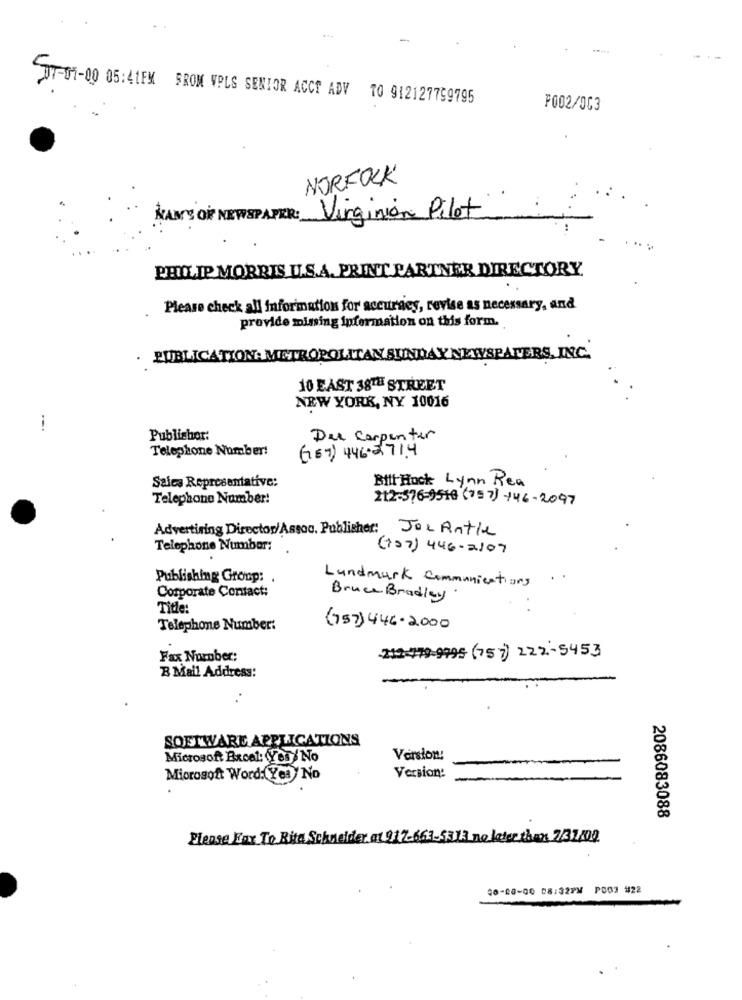
UT-01-00 05:41FM FROM VPLS SENIOR ACCT ADV TO 912127759795
P002/003
NORFOLK
MAN'S OF NEWSPAPER : Virginian Pilot
PHILIP MORRIS U.S.A. PRINT PARTNER DIRECTORY
Please check all information for accuraes, revise as necessary, and
provide missing information on this form.
PUBLICATION: METROPOLITAN SUNDAY NEWSPAPERS, INC.
10 EAST 38TH STREET
NEW YORK, NY 10016
--
Publisher:
Der Carpenter
Telephone Number!
(757) 446-2714
Sales Representative:
Bill Rock Lynn Rea
Telephone Number!
212-576-9516 (757) +46-2097
Advertising Directos/Assoc. Publisher: Joe Antie
Telephone Number:
(157) 446-2107
Publishing Group: .
Lundmark Communications
Corporate Contact:
Bruce Bradley
Title:
Telephone Number:
(757)446-2000
Fax Number:
212-479-9995 (757) 222-5453
B Mail Address:
SOFTWARE APPLICATIONS
Microsoft Excel: Yes/ No
Version:
Microsoft Word: Yes No
Version:
2086083088
Please Fax To Rita Schneider at 917-661-5313 no later than 2/31/09
00-20-00 08:32PM P003 #22